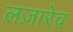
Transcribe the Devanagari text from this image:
लज़ारेव